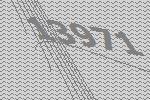
13971